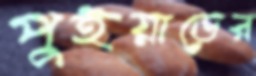
পুইয়াডের